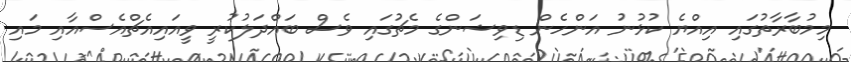
މިމުބާރާތުގައި އިއްޔެ ކުޅުނު އަންހެން ޑިވިޝަންގެ މެޗުގައި ވެސް ބައްދަލުކުރީ ވީއައިއެޗްއެސްއާއި މައި